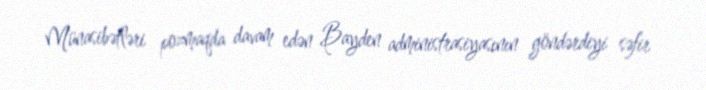
Münasibətləri pozmaqda davam edən Bayden administrasiyasının göndərdiyi səfir